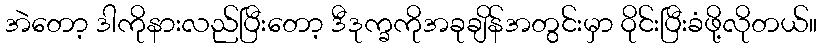
အဲတော့ ဒါကိုနားလည်ပြီးတော့ ဒီဒုက္ခကိုအခုချိန်အတွင်းမှာ ဝိုင်းပြီးခံဖို့လိုတယ်။